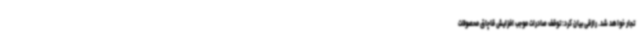
تجار خواهد شد. رازقی بیان کرد: توقف صادرات موجب افزایش قاچاق محصولات